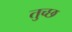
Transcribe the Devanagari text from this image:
तुच्‍छ